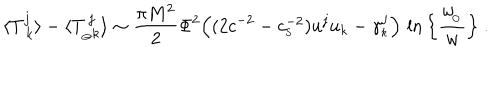
\langle { T _ { \ k } ^ { j } } \rangle - \langle T _ { _ { \ominus } k } ^ { \, j } \rangle \sim { \frac { \pi M ^ { 2 } } { 2 } } \Phi ^ { 2 } \Big ( ( 2 c ^ { - 2 } - c _ { _ \mathrm { S } } ^ { - 2 } ) u ^ { j } u _ { k } - \gamma _ { _ k } ^ { j } \Big ) \, \ln \Big \{ { \frac { w _ { \! _ { \odot } } } { w } } \Big \} \ .